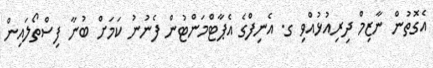
އެގޮތުން ނާޒިމް ދިރިއުޅުއްވި ގ. އެނިފްގެ އެޕާޓްމަންޓުން ފެނުނު ކަމަށް ބުނާ ފިސްތޯލައިން